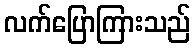
လက်ပြောကြားသည်